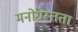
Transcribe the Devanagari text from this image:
मनोग्रस्तता